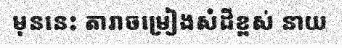
មុននេះ តារាចម្រៀងសំដីខ្ពស់ នាយ